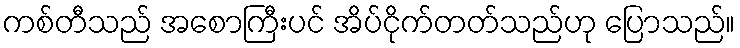
ကစ်တီသည် အစောကြီးပင် အိပ်ငိုက်တတ်သည်ဟု ပြောသည်။